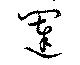
闥